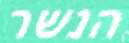
הנשר